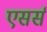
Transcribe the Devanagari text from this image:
एसर्स